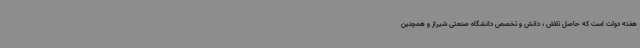
هفته دولت است که حاصل تلاش ، دانش و تخصص دانشگاه صنعتی شیراز و همچنین